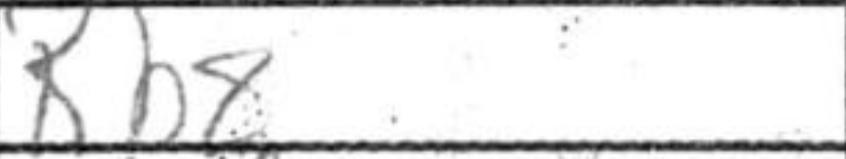
Transcription: Rbx